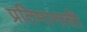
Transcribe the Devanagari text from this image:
प्रतिमानाची